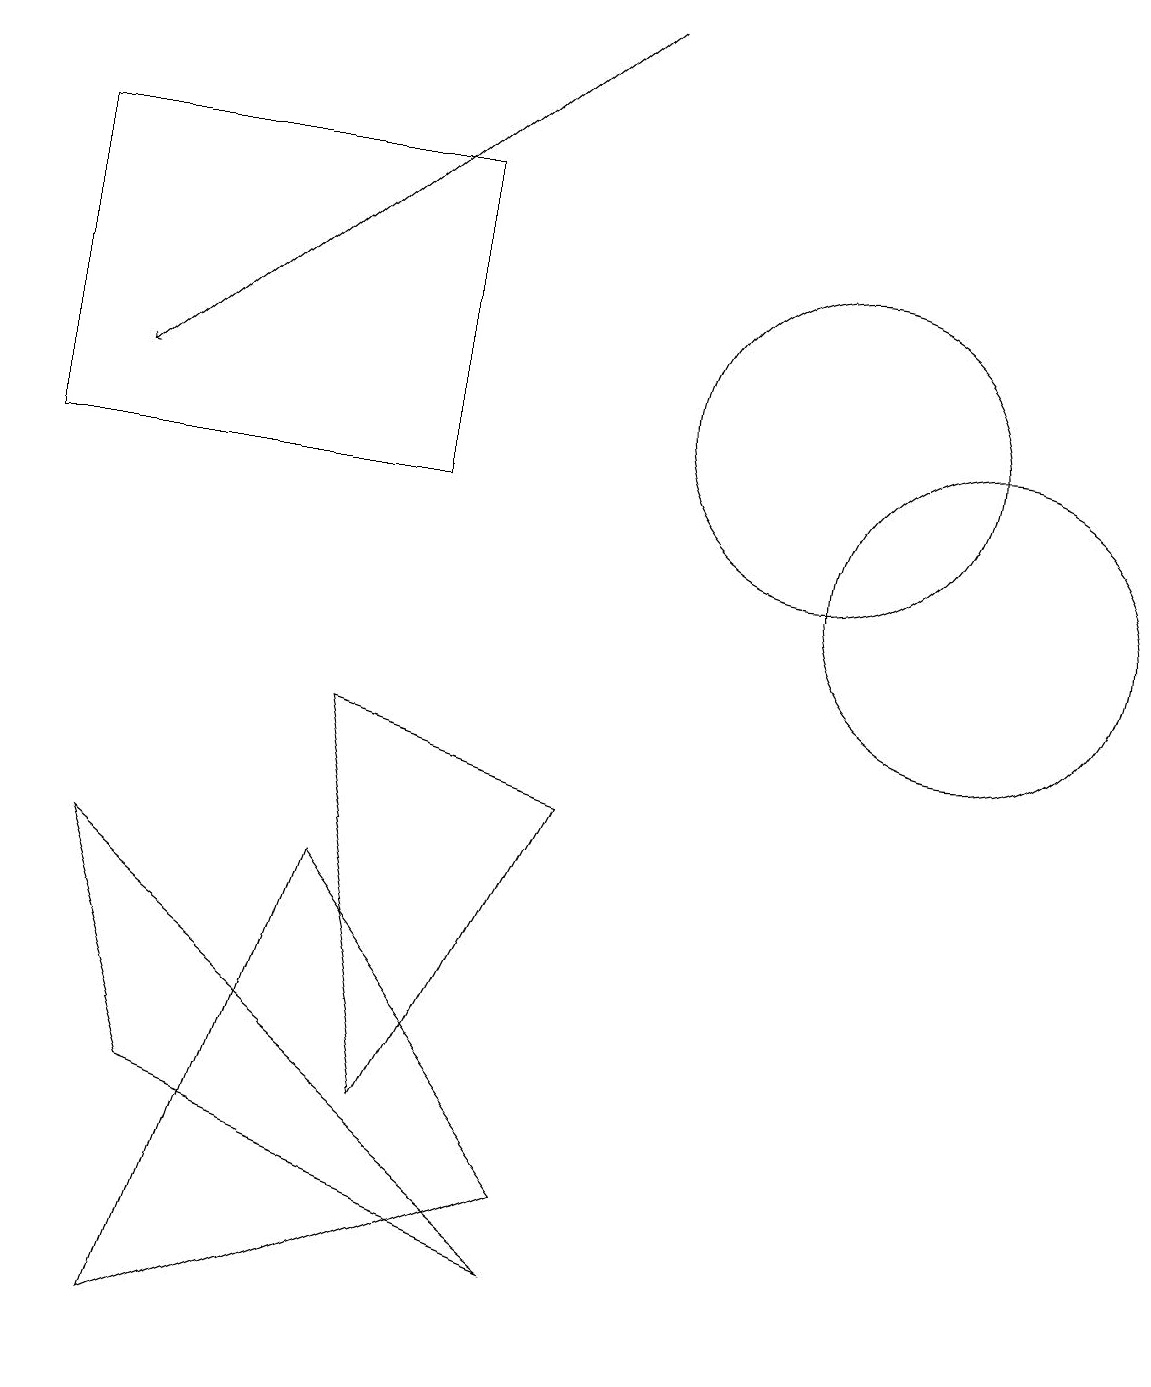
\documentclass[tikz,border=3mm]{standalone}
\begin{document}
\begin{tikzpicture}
\draw (4,8) -- (7,7) -- (5,3) -- cycle;
\draw (0,11) rectangle (5,15);
\draw (2,3) -- (7,1) -- (1,6) -- cycle;
\draw[->] (7,17) -- (1,12);
\draw (12,10) circle (2);
\draw (4,6) -- (2,0) -- (7,2) -- cycle;
\draw (10,12) circle (2);
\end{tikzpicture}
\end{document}